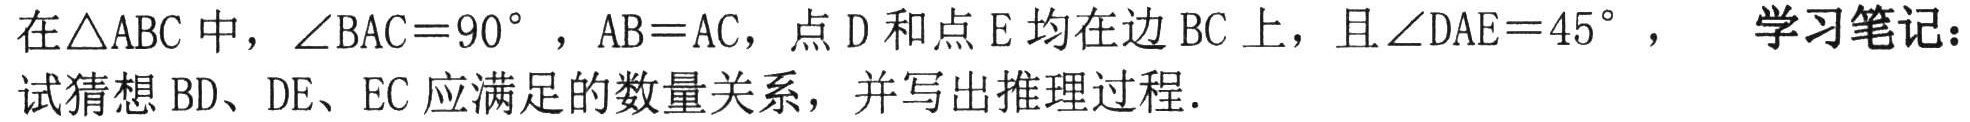
在$\triangle ABC$中，$\angle BAC = 90^{\circ}$，$AB = AC$，点$D$和点$E$均在边$BC$上，且$\angle DAE = 45^{\circ}$， 试猜想$BD$、$DE$、$EC$应满足的数量关系，并写出推理过程. 学习笔记：